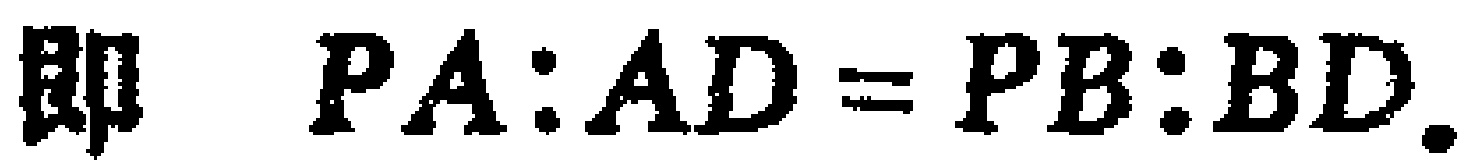
即 \(PA:AD = PB:BD\).